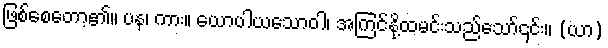
ဖြစ်စေတော့၏။ ပန၊ ကား။ ယောပါယသောဝါ၊ အကြင်နို့ထမင်းသည်သော်၎င်း။ (ယာ)